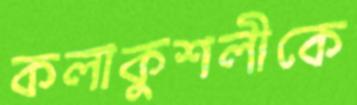
কলাকুশলীকে